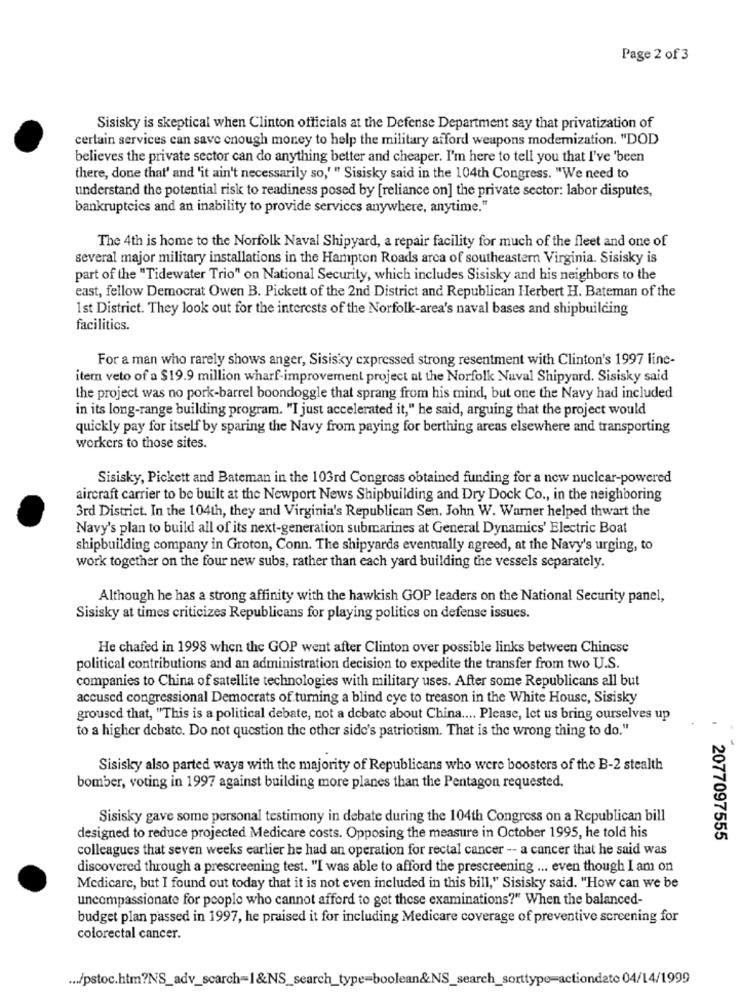
Page 2 of 3
Sisisky is skeptical when Clinton officials at the Defense Department say that privatization of
certain services can save enough money to help the military afford weapons modemization. "DOD
believes the private sector can do anything better and cheaper. I'm here to tell you that I've 'been
there, done that' and 'it ain't necessarily so,'" Sisisky said in the 104th Congress. "We need to
understand the potential risk to readiness posed by [reliance on] the private sector: labor disputes,
bankruptcies and an inability to provide services anywhere, anytime."
The 4th is home to the Norfolk Naval Shipyard, a repair facility for much of the fleet and one of
several major military installations in the Hampton Roads arca of southeastern Virginia. Sisisky is
part of the "Tidewater Trio" on National Security, which includes Sisisky and his neighbors to the
east, fellow Democrat Owen B. Pickett of the 2nd District and Republican Herbert H. Bateman of the
1 st District. They look out for the interests of the Norfolk-area's naval bases and shipbuilding
facilitics.
For a man who rarely shows anger, Sisisky expressed strong resentment with Clinton's 1997 line-
item veto of a $19.9 million wharf-improvement project at the Norfolk Naval Shipyard. Sisisky said
the project was no pork-barrel boondoggle that sprang from his mind, but one the Navy had included
in its long-range building program. "I just accelerated it," he said, arguing that the project would
quickly pay for itself by sparing the Navy from paying for berthing areas elsewhere and transporting
workers to those sites.
Sisisky, Pickett and Bateman in the 103rd Congress obtained funding for a new nuclear-powered
aircraft carrier to be built at the Newport News Shipbuilding and Dry Dock Co ., in the neighboring
3rd District. In the 104th, they and Virginia's Republican Sen. John W. Warner helped thwart the
Navy's plan to build all of its next-generation submarines at General Dynamics' Electric Boat
shipbuilding company in Groton, Conn. The shipyards eventually agreed, at the Navy's urging, to
work together on the four new subs, rather than each yard building the vessels separately.
Although he has a strong affinity with the hawkish GOP leaders on the National Security panel,
Sisisky at times criticizes Republicans for playing politics on defense issues.
He chafed in 1998 when the GOP went after Clinton over possible links between Chinese
political contributions and an administration decision to expedite the transfer from two U.S.
companies to China of satellite technologies with military uses. After some Republicans all but
accused congressional Democrats of turning a blind cyc to treason in the White House, Sisisky
grouscd that, "This is a political debate, not a debate about China .... Please, let us bring ourselves up
to a higher debate. Do not question the other side's patriotism. That is the wrong thing to do."
Sisisky also parted ways with the majority of Republicans who were boosters of the B-2 stealth
bomber, voting in 1997 against building more planes than the Pentagon requested.
Sisisky gave some personal testimony in debate during the 104th Congress on a Republican bill
designed to reduce projected Medicare costs. Opposing the measure in October 1995, he told his
2077097555
colleagues that seven weeks earlier he had an operation for rectal cancer -- a cancer that he said was
discovered through a prescreening test. "I was able to afford the prescreening ... even though I am on
Medicare, but I found out today that it is not even included in this bill," Sisisky said. "How can we be
uncompassionate for people who cannot afford to get these examinations?" When the balanced-
budget plan passed in 1997, he praised it for including Medicare coverage of preventive screening for
colorectal cancer.
... /pstoc.htm?NS_adv_scarch=1&NS_search_type=boolean&NS_search_sorttype=actiondato 04/14/1999